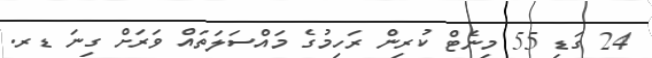
24 ގަޑި 55 މިނެޓް ކުރިން ރަހިމުގެ މައްސަލަތައް ވަރަށް ގިނަ ޑރ.